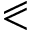
\eqslantless